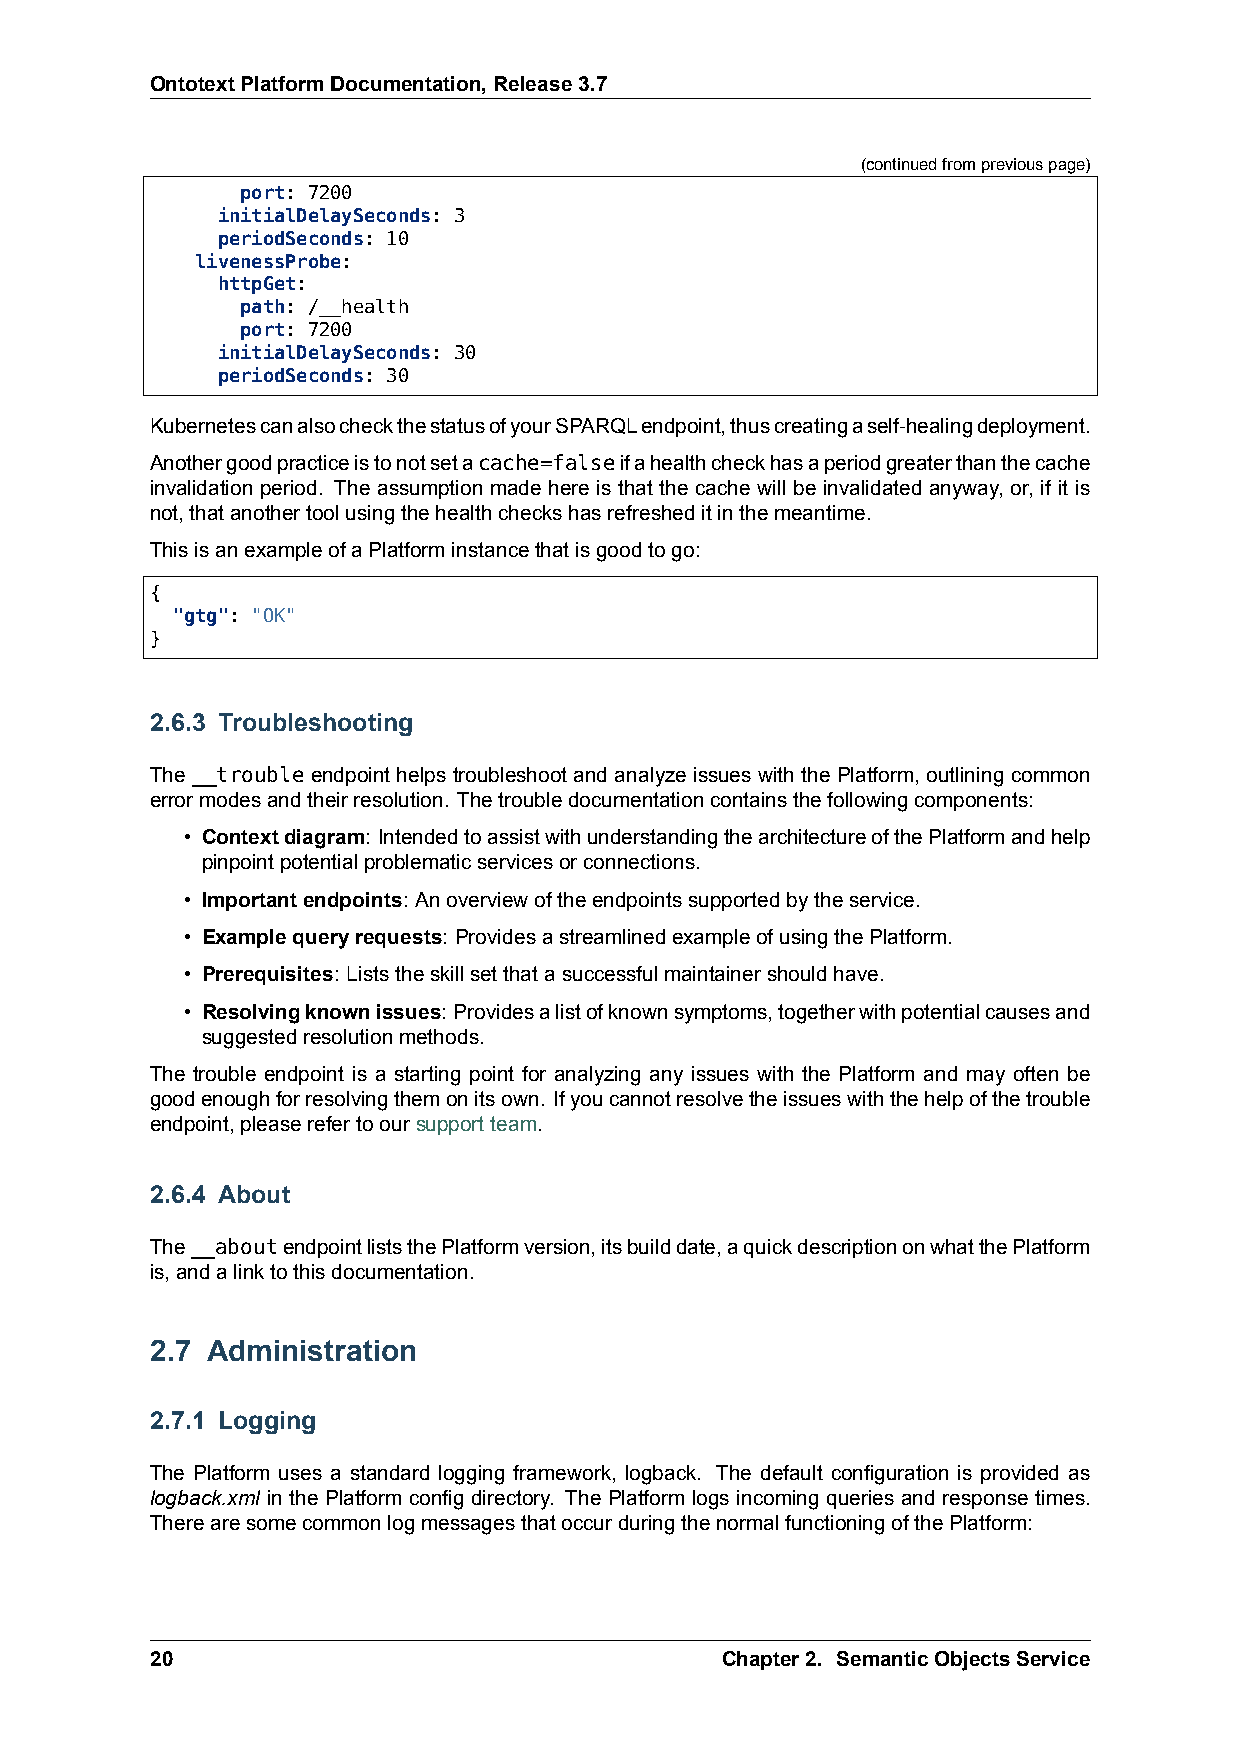
OntotextPlatformDocumentation,Release3.7
 (continuedfrompreviouspage)
 port: 7200
 initialDelaySeconds: 3
 periodSeconds: 10
 livenessProbe:
 httpGet:
 path: /__health
 port: 7200
 initialDelaySeconds: 30
 periodSeconds: 30
 KubernetescanalsocheckthestatusofyourSPARQLendpoint,thuscreatingaself-healingdeployment.
 Anothergoodpracticeistonotsetacache=falseifahealthcheckhasaperiodgreaterthanthecache
 invalidation period. The assumption made here is that the cache will be invalidated anyway, or, if it is
 not,thatanothertoolusingthehealthcheckshasrefresheditinthemeantime.
 ThisisanexampleofaPlatforminstancethatisgoodtogo:
 {
 "gtg": "OK"
 }
 2.6.3 Troubleshooting
 The __trouble endpoint helps troubleshoot and analyze issues with the Platform, outlining common
 errormodesandtheirresolution. Thetroubledocumentationcontainsthefollowingcomponents:
 • Contextdiagram: IntendedtoassistwithunderstandingthearchitectureofthePlatformandhelp
 pinpointpotentialproblematicservicesorconnections.
 • Importantendpoints: Anoverviewoftheendpointssupportedbytheservice.
 • Examplequeryrequests: ProvidesastreamlinedexampleofusingthePlatform.
 • Prerequisites: Liststheskillsetthatasuccessfulmaintainershouldhave.
 • Resolvingknownissues: Providesalistofknownsymptoms,togetherwithpotentialcausesand
 suggestedresolutionmethods.
 The trouble endpoint is a starting point for analyzing any issues with the Platform and may often be
 goodenoughforresolvingthemonitsown. Ifyoucannotresolvetheissueswiththehelpofthetrouble
 endpoint,pleaserefertooursupportteam.
 2.6.4 About
 The__aboutendpointliststhePlatformversion,itsbuilddate,aquickdescriptiononwhatthePlatform
 is,andalinktothisdocumentation.
 2.7 Administration
 2.7.1 Logging
 The Platform uses a standard logging framework, logback. The default configuration is provided as
 logback.xml in the Platform config directory. The Platform logs incoming queries and response times.
 TherearesomecommonlogmessagesthatoccurduringthenormalfunctioningofthePlatform:
 20                                    Chapter2. SemanticObjectsService